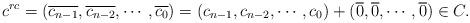
LaTeX: \begin{align*} c^{rc} = (\overline{c_{n-1}}, \overline{c_{n-2}}, \cdots, \overline{c_0})=(c_{n-1}, c_{n-2},\cdots,c_0)+(\overline{0},\overline{0},\cdots,\overline{0})\in C. \end{align*}